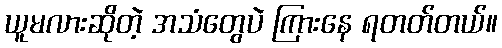
ယူမလားဆိုတဲ့ အသံတွေပဲ ကြားနေ ရတတ်တယ်။